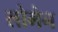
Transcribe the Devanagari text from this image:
लोमेन